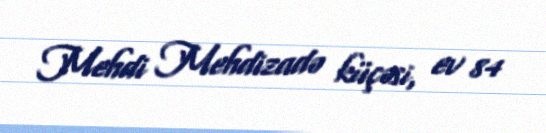
Mehdi Mehdizadə küçəsi, ev 84